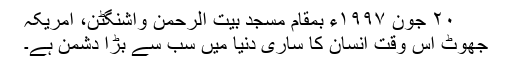
٢٠ جون ١٩٩٧ء بمقام مسجد بیت الرحمٰن واشنگٹن، امریکہ
جھوٹ اس وقت انسان کا ساری دنیا میں سب سے بڑا دشمن ہے۔